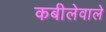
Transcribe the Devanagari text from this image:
कबीलेवाले